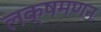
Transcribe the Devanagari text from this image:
लक्षमणन